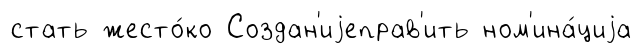
стать жесто́ко Создан'иjеправ'ить ном'ина́циjа